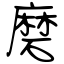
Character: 磨